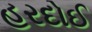
હરદોઈ